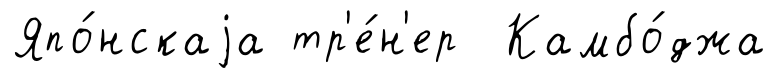
Япо́нскаjа тр'е́н'ер Камбо́джа